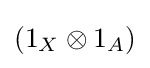
(1_{X}\otimes 1_{A})